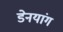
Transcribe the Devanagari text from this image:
डेनयांग